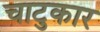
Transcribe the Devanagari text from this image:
चाटुकार